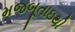
મજબૂતાઇથી